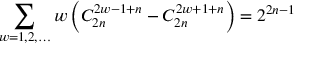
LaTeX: \sum _ { w = 1 , 2 , \ldots } w \left( C _ { 2 n } ^ { 2 w - 1 + n } - C _ { 2 n } ^ { 2 w + 1 + n } \right) = 2 ^ { 2 n - 1 }